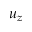
u _ { z }